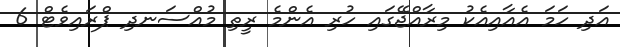
އަދި ހަމަ އެއާއިއެކު މިރާއްޖޭގައި ހުރި އެންމެ ރީތި މުއްސަނދި ޕްރައިވެޓް 6